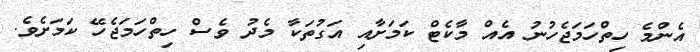
އެންމެ ހިތްހަމަޖެހުނު އެއް މާކެޓް ކަމަށާއި އަގުތަކާ މެދު ވެސް ހިތްހަމަޖެހޭ ކަމަށެވެ.